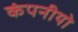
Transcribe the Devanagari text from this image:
कंपनीयो